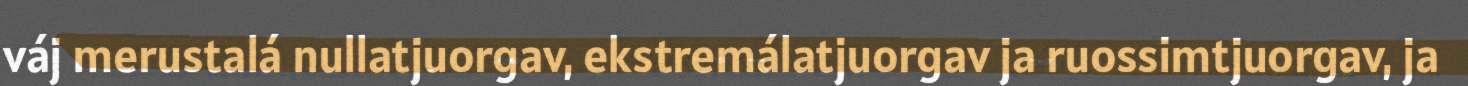
váj merustalá nullatjuorgav, ekstremálatjuorgav ja ruossimtjuorgav, ja